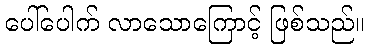
ပေါ်ပေါက် လာသောကြောင့် ဖြစ်သည်။